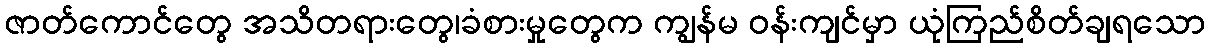
ဇာတ်ကောင်တွေ အသိတရားတွေ၊ခံစားမှုတွေက ကျွန်မ ဝန်းကျင်မှာ ယုံကြည်စိတ်ချရသော